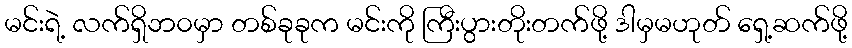
မင်းရဲ့ လက်ရှိဘ၀မှာ တစ်ခုခုက မင်းကို ကြီးပွားတိုးတက်ဖို့ ဒါမှမဟုတ် ရှေ့ဆက်ဖို့